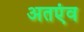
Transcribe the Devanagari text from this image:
अतएंव